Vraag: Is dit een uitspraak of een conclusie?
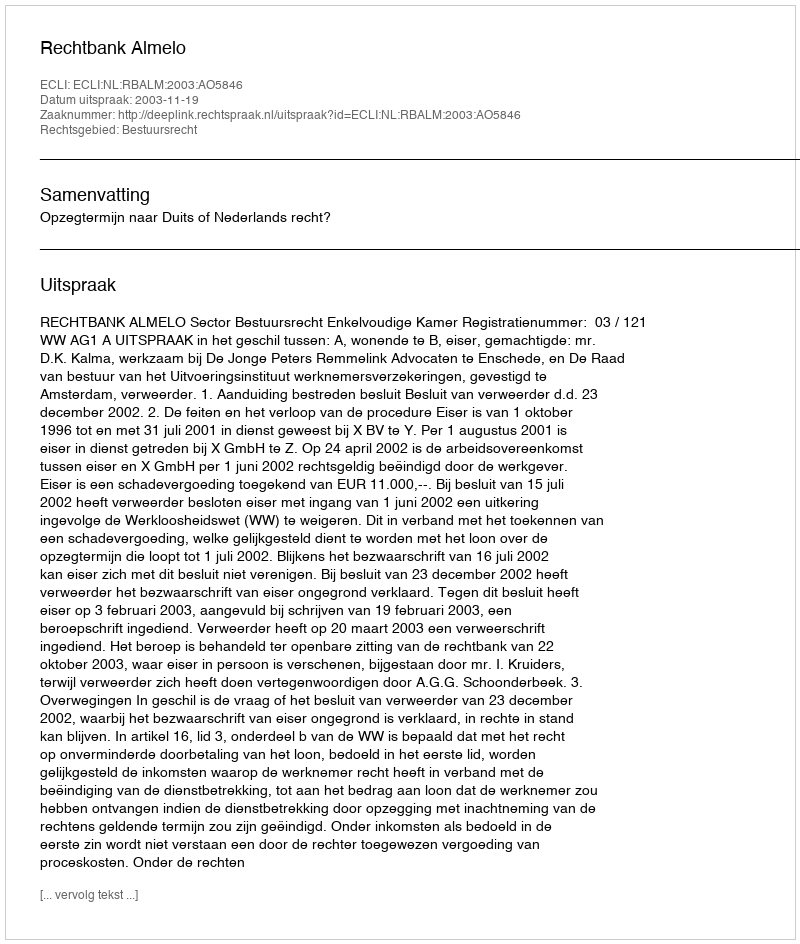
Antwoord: Uitspraak